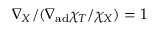
\nabla _ { X } / ( \nabla _ { \mathrm { a d } } \chi _ { T } / \chi _ { X } ) = 1